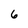
Character: 6